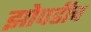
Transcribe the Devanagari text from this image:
झोपडीच